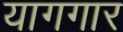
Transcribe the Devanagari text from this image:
यागगार